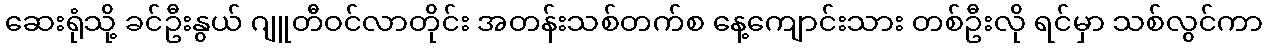
ဆေးရုံသို့ ခင်ဦးနွယ် ဂျူတီဝင်လာတိုင်း အတန်းသစ်တက်စ နေ့ကျောင်းသား တစ်ဦးလို ရင်မှာ သစ်လွင်ကာ